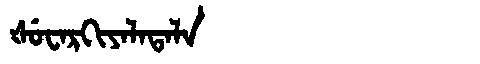
Manchu: ᡧᡠᠸᠠᡵᡴᡳᠶᠠᠯᠠᡨᠠᠯᠠ
Romanization: ŠUWARKIYALATALA